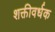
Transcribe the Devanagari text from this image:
शक्तीवर्धक